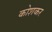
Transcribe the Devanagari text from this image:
कोशकर